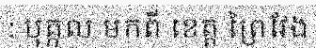
: បុគ្កល មកពី ខេត្ត ព្រៃវែង